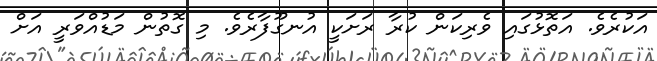
އަކުރެވެ. އަތޮޅުގައި ވެރިކަން ކުރާ ރަށަކީ އުނގޫފާރެވެ. މި ގޮތުން މަޑުއްވަރީ އަށް